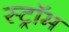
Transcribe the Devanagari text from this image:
स्ट्रॉम